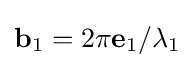
\mathbf {b} _{1}=2\pi \mathbf {e} _{1}/\lambda _{1}